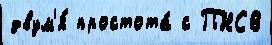
двум'я́ простота́ с ПНСВ